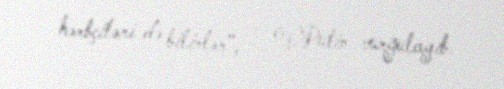
hərbçiləri də bilirlər”, - V.Putin vurğulayıb.